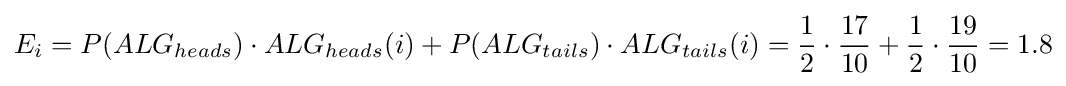
E_{i}=P(ALG_{heads})\cdot ALG_{heads}(i)+P(ALG_{tails})\cdot ALG_{tails}(i)={\frac {1}{2}}\cdot {\frac {17}{10}}+{\frac {1}{2}}\cdot {\frac {19}{10}}=1.8